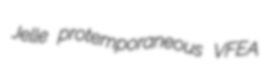
Jelle protemporaneous VFEA